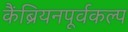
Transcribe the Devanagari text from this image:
कैंब्रियनपूर्वकल्प